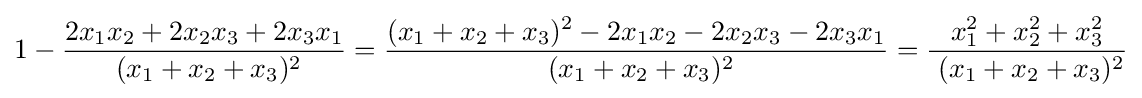
1-{\frac {2x_{1}x_{2}+2x_{2}x_{3}+2x_{3}x_{1}}{~(x_{1}+x_{2}+x_{3})^{2}}}={\frac {(x_{1}+x_{2}+x_{3})^{2}-2x_{1}x_{2}-2x_{2}x_{3}-2x_{3}x_{1}}{~(x_{1}+x_{2}+x_{3})^{2}}}={\frac {x_{1}^{2}+x_{2}^{2}+x_{3}^{2}}{~(x_{1}+x_{2}+x_{3})^{2}}}